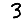
Digit: 3